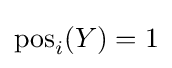
\mathrm {pos} _{i}(Y)=1